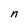
Character: n